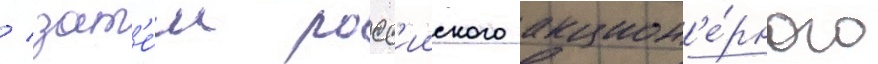
/ зат'е́м росс'ииского акцион'е́рного